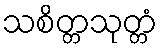
သစိတ္တသုတ္တံ